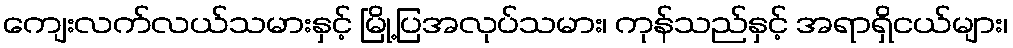
ကျေးလက်လယ်သမားနှင့် မြို့ပြအလုပ်သမား၊ ကုန်သည်နှင့် အရာရှိငယ်များ၊